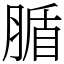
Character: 腯